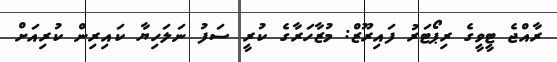
ރާއްޖެ ޓީވީގެ ރިޕޯޓަރު ފައިރޫޒް: މުޒާހަރާގެ ކުރީ ސަފު ނަލަހިޔާ ކައިރިން ކުރިއަށް